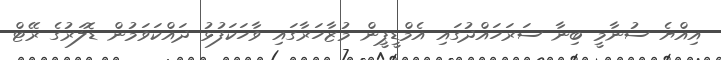
އިއްޔެ ސުނާމީ ބިނާ ސަރަހައްދުގައި އެމްޑީޕީން މުޒާހަރާގައި ވާހަކަފުޅު ދައްކަވަމުން ޑޮލަރުގެ ރޭޓް